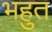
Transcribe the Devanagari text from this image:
भहुत